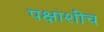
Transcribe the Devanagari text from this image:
पक्षाशीच